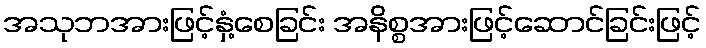
အသုဘအားဖြင့်နှံ့စေခြင်း အနိစ္စအားဖြင့်ဆောင်ခြင်းဖြင့်